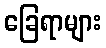
ခြေရာများ